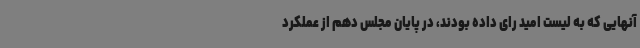
آنهایی که به لیست امید رای داده بودند، در پایان مجلس دهم از عملکرد